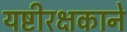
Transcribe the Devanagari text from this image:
यष्टीरक्षकाने